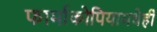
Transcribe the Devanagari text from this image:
फार्माकोपियामधेही